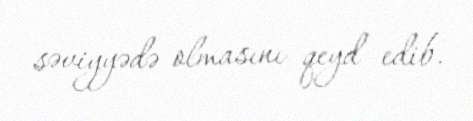
səviyyədə olmasını qeyd edib.